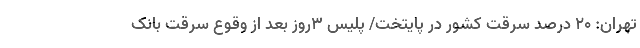
تهران: ۲۰ درصد سرقت کشور در پایتخت/ پلیس ۳روز بعد از وقوع سرقت بانک